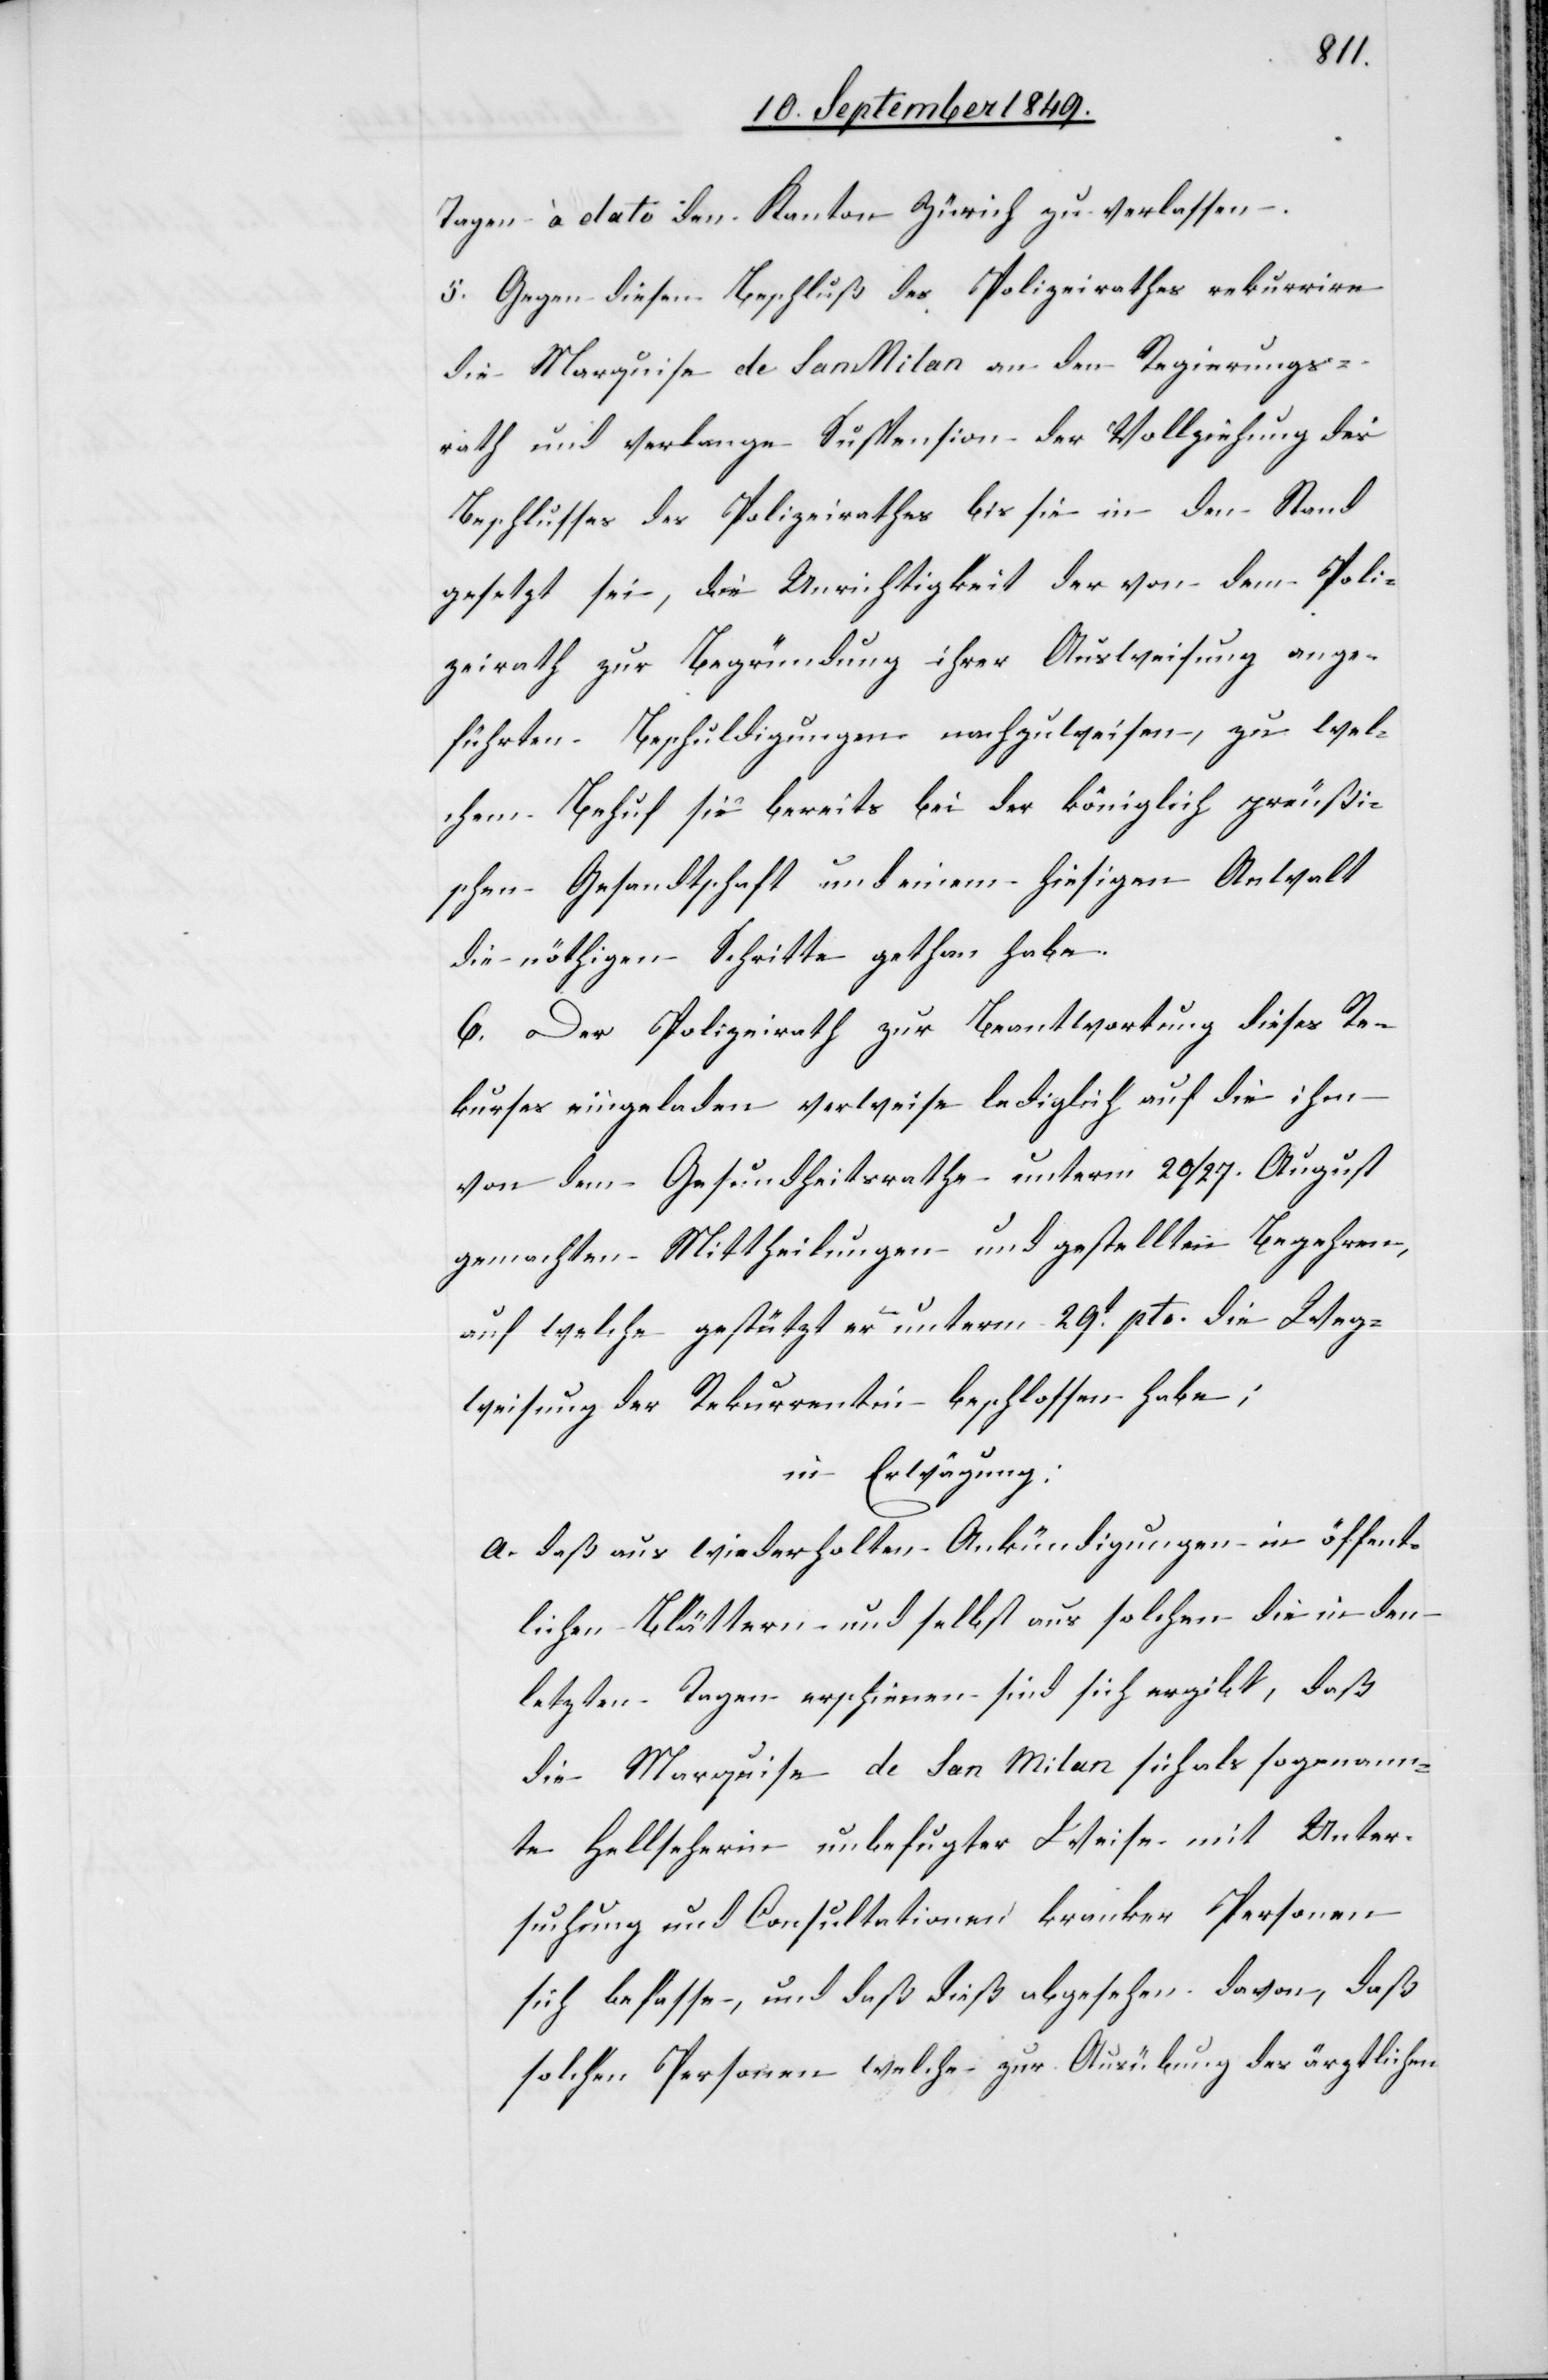
Tagen à dato den Kanton Zürich zu verlassen.
5. Gegen diesen Beschluß des Polizeirathes rekurrire
die Marquise de San Milan an den Regierungs¬
rath und verlange Suspension der Vollziehung des
Beschlusses des Polizeirathes bis sie in den Stand
gesetzt sei, die Unrichtigkeit der von dem Poli¬
zeirath zur Begründung ihrer Ausweisung ange¬
führten Beschuldigungen nachzuweisen, zu wel¬
chem Behuf sie bereits bei der königlich preußi¬
schen Gesandtschaft und einem hiesigen Anwalt
die nöthigen Schritte gethan habe.
6. Der Polizeirath zur Beantwortung dieses Re¬
kurses eingeladen verweise lediglich auf die ihn
von dem Gesundheitsrathe unterm 20/27. August
gemachten Mittheilungen und gestellten Begehren,
auf welche gestützt er unterm 29t pto. die Weg¬
weisung der Rekurrentin beschlossen habe;
in Erwägung:
a. daß aus wiederholten Ankündigungen in öffent¬
lichen Blättern und selbst aus solchen die in den
letzten Tagen erschienen sind sich ergibt, daß
die Marquise de San Milan sich als sogenann¬
te Hellseherin unbefugter Weise mit Unter¬
suchung und Consultationen kranker Personen
sich belasse, und daß dieß abgesehen davon, daß
solchen Personen welche zur Ausübung des ärztlichen